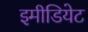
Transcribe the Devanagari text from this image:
इमीडियेट